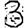
Digit: 3